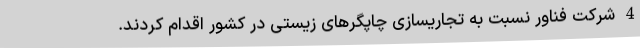
4 شرکت فناور نسبت به تجاریسازی چاپگرهای زیستی در کشور اقدام کردند.